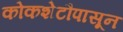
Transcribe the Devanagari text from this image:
कोकशेटौपासून